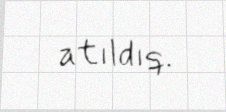
atıldıq.